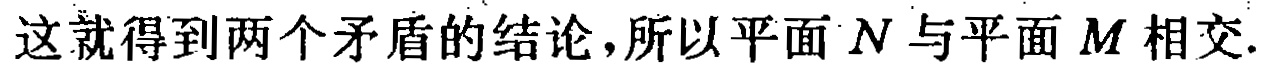
这就得到两个矛盾的结论,所以平面\(N\)与平面\(M\)相交.